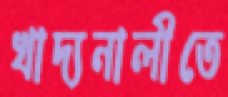
খাদ্যনালীতে